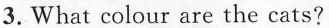
3.What colour are the cats?